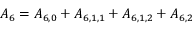
{ A _ { 6 } } = { A _ { 6 , 0 } } + { A _ { 6 , 1 , 1 } } + { A _ { 6 , 1 , 2 } } + { A _ { 6 , 2 } }